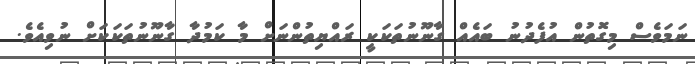
ނަމަވެސް މިގޮތުން އުފެދުނު ބައެއް ގާނޫނުތަކަކީ ރައްޔިތުންނަށް މާ ކަމުދާ ގާނޫނުތަކަކަށް ނުވިއެވެ.